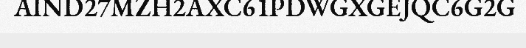
AIND27MZH2AXC61PDWGXGEJQC6G2G